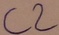
Text: C2